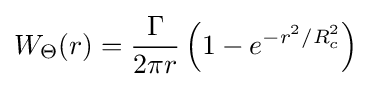
W_{\Theta }(r)={\frac {\Gamma }{2\pi r}}\left(1-e^{-r^{2}/R_{c}^{2}}\right)